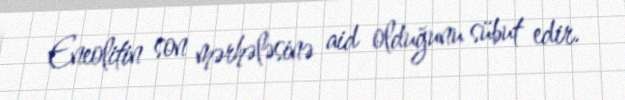
Eneolitin son mərhələsinə aid olduğunu sübut edir.